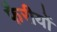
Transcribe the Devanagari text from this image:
फैरीयों